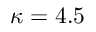
\kappa = 4 . 5